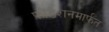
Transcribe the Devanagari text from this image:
फौंडेशनमार्फत